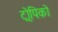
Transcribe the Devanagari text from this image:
ट्रोपिको